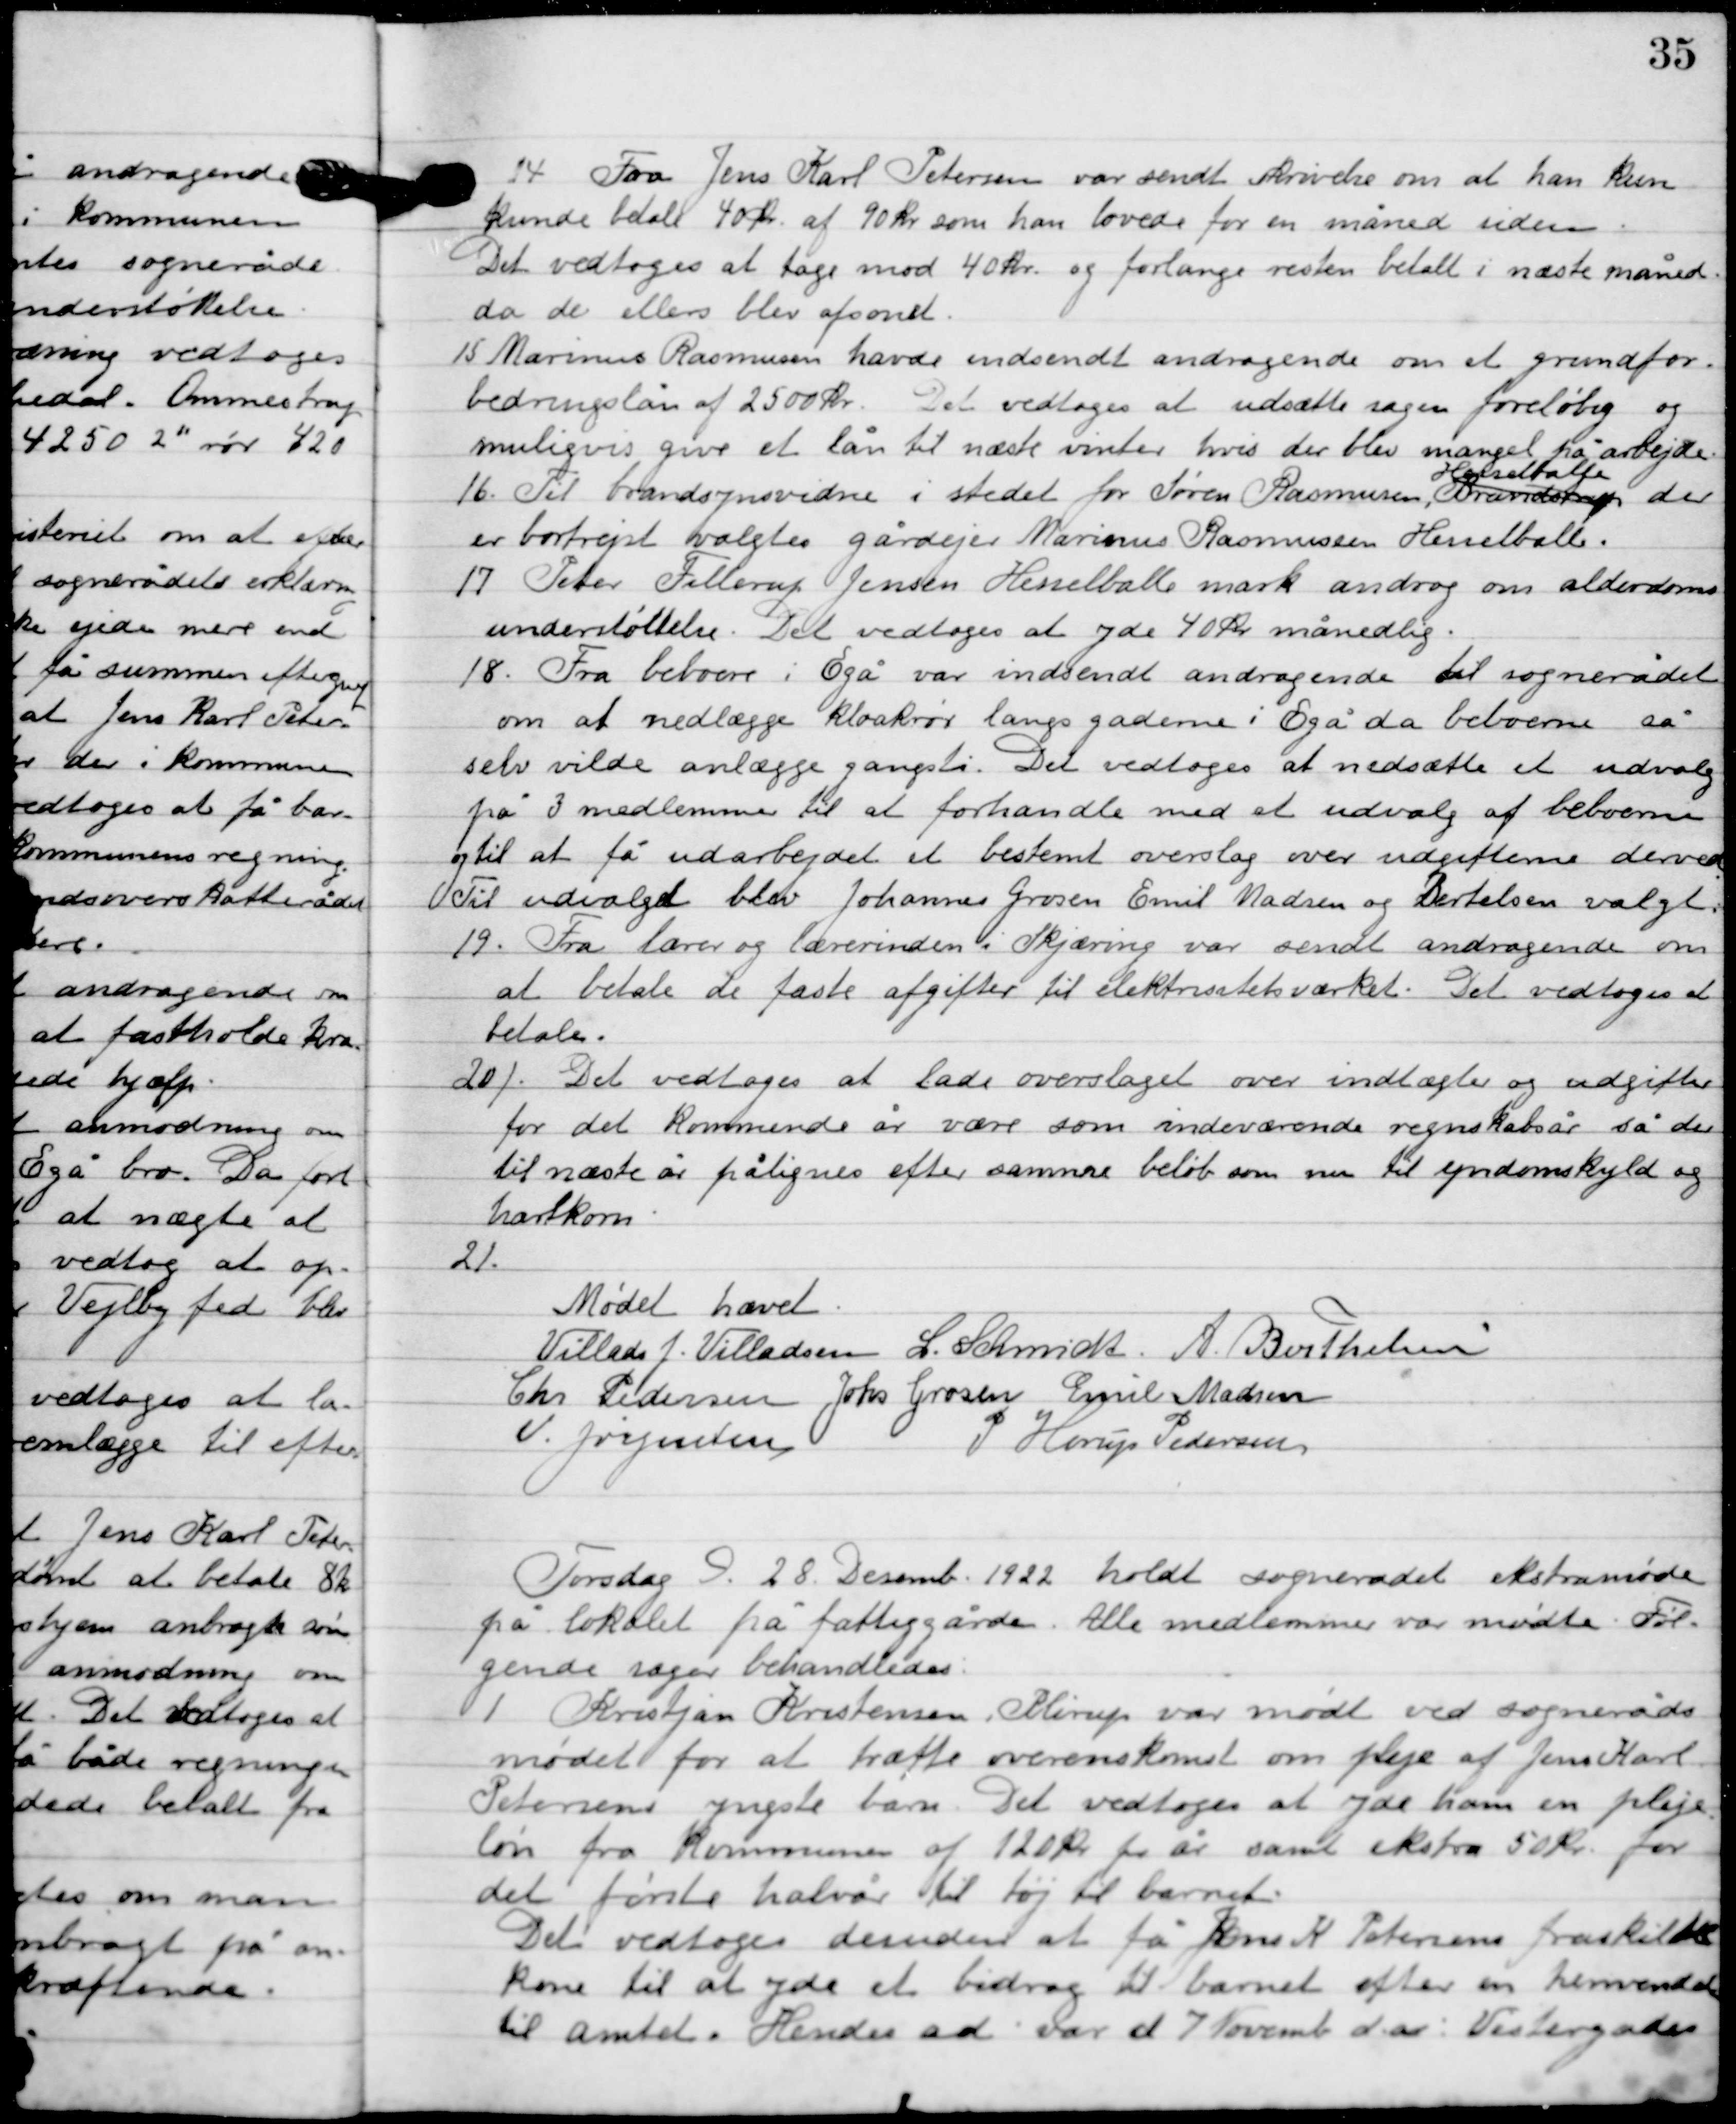
Transskription:
14

Fra Jens Karl Petersen var sendt skrivelse om at han kun
kunde betale 40 kr. af 90 kr. som han lovede for en måned siden.
Det vedtoges at tage mod 40 kr. og forlange resten betalt i næste måned
da de ellers blev afsonet.

15

Marinus Rasmusen havde indsendt andragende om et grundfor-
bedringslån af 2500 kr. Det vedtoges at udsætte sagen foreløbig og
muligvis give et lån til næste vinter hvis der blev mangel på arbejde.

16

Til brandsynsvidne i stedet for Søren Rasmussen  Brandstrup
Hesselballe
der
er bortrejst valgtes gårdejer Marinus Rasmussen Hesselballe.

17

Peter Fillerup Jensen Hesselballe mark androg om alderdoms-
understøttelse. Det vedtoges at yde 40 kr. månedlig.

18

Fra beboere i Egå var indsendt andragende til sognerådet
om at nedlægge kloakrør langs gaderne i Egå da beboerne så
selv vilde anlægge gangsti. Det vedtoges at nedsætte et udvalg
på 3 medlemmer til at forhandle med et udvalg af beboerne
og til at få udarbejdet et bestemt oveslag over udgifterne derved.
Til udvalget blev Johannes Grosen, Emil Madsen og Bertelsen valgt.

19

Fra lærer og lærerinden i Skjæring var sendt andragende om
at betale de faste afgifter til eleksitesværket. Det vedtogs at
betale.

20

Det vedtoges at lade overslaget over indtægter og udgifter
 for det kommende år være som indeværende regnskabsår så der
til næste år pålignes efter samme beløb som nu til ejendomsskyld og
hartkorn.

21

Mødet hævet

Villads J. Villadsen
L. Schmidt
A. Berthelsen
Chr. Pedersen
Johs. Grosen
Emil Madsen
V. Jørgensen
P. Horup Pedersen

Torsdag D. 28. December holdt sognerådet ekstramøde
på lokalet på fattiggården, Alle medlemmer var mødte.  Føl-
gende sager behandledes.

1

Kristjan Kristensen, Plirup var mødt ved sogneråds-
mødet for at træffe overenskomst om pleje af Jens Karl 
Petersens yngste barn. Det vedtoges at yde ham en pleje-
løn fra Kommunen af 120 kr. pr. år samt ekstra 50 kr. for 
det første halvår til tøj til barnet.
Det vedtoges desuden at få Jens K. Petersens fraskilte 
kone til at yde et bidrag til barnet efter en henvendelse 
til Amtet. Hendes ad. var et 7 Novemb. d. år: Vestergade